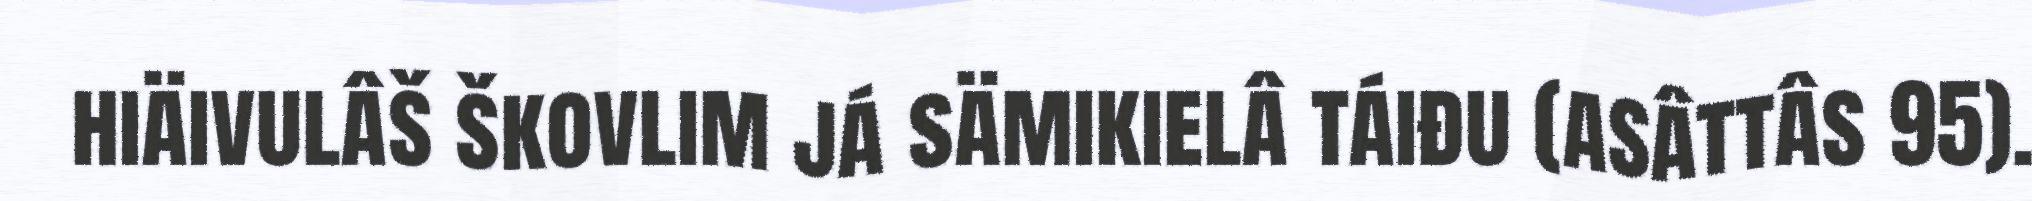
hiäivulâš škovlim já sämikielâ táiđu (asâttâs 95).